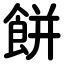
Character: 餅